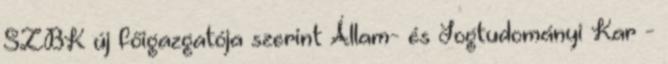
SZBK új főigazgatója szerint Állam- és Jogtudományi Kar -